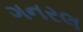
ગનરલ